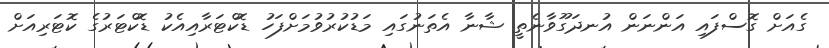
ގެއަށް ގޮސްފައި އަންނަން އުނދަގޫވާނެތީ ޝާނާ އެތަނުގައި މަޑުކުރުވުމަށްފަހު ޑޮކްޓަރާއިއެކު ޑޮކްޓަރުގެ ކޮޓަރިއަށް